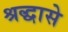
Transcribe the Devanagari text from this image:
श्रद्धासे